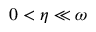
0 < \eta \ll \omega